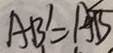
A B ^ { \prime } = A B